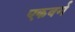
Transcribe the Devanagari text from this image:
एकवर्ग